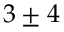
\hphantom { 0 } 3 \pm 4